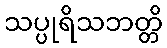
သပ္ပုရိသဘတ္တိ